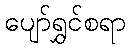
ပျော်ရွှင်စရာ